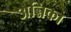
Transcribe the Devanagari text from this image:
अन्निका